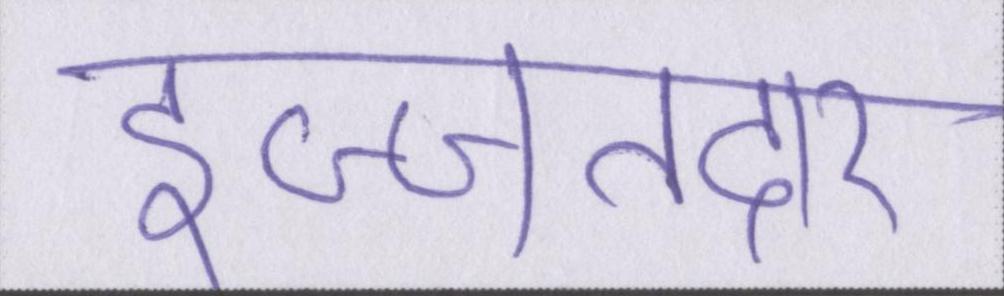
इज्जतदार